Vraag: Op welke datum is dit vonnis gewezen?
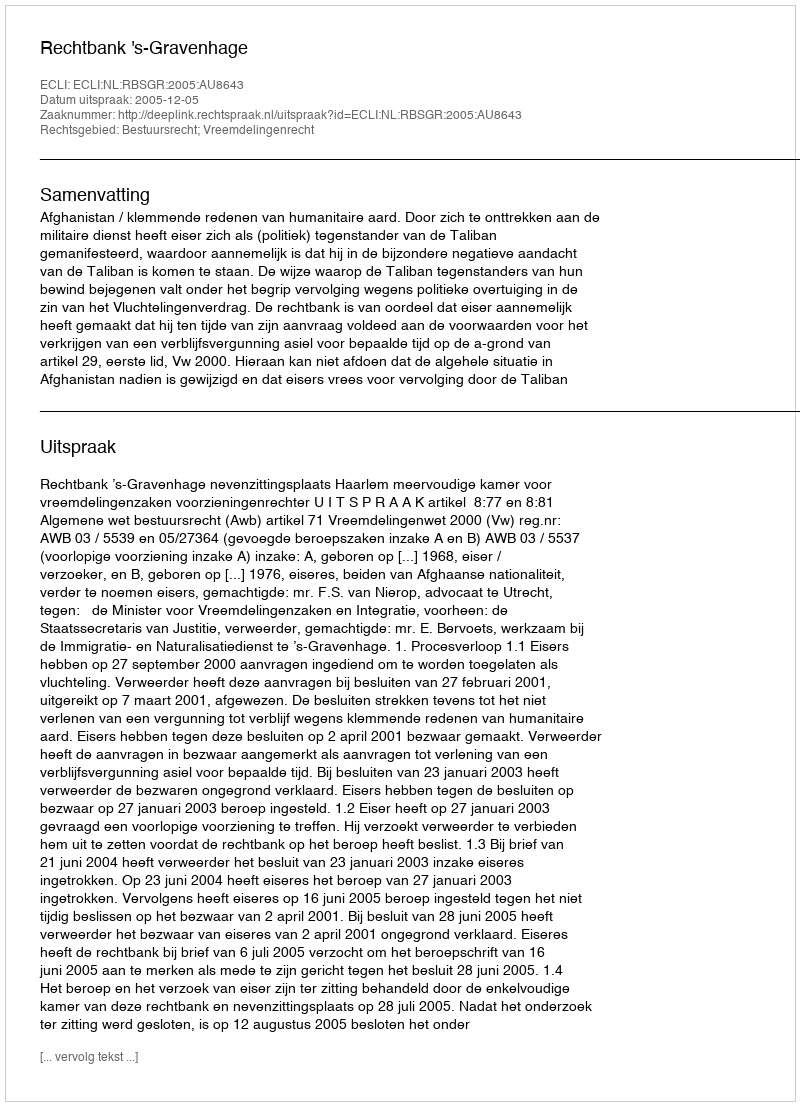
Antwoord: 2005-12-05